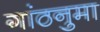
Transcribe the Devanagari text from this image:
गांठनुमा